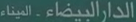
الإذن-البناء-ال